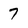
Character: 7